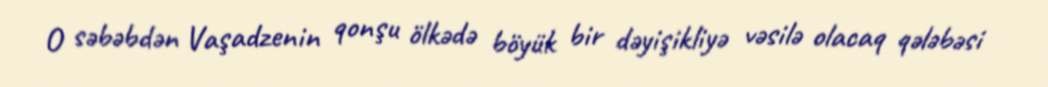
O səbəbdən Vaşadzenin qonşu ölkədə böyük bir dəyişikliyə vəsilə olacaq qələbəsi